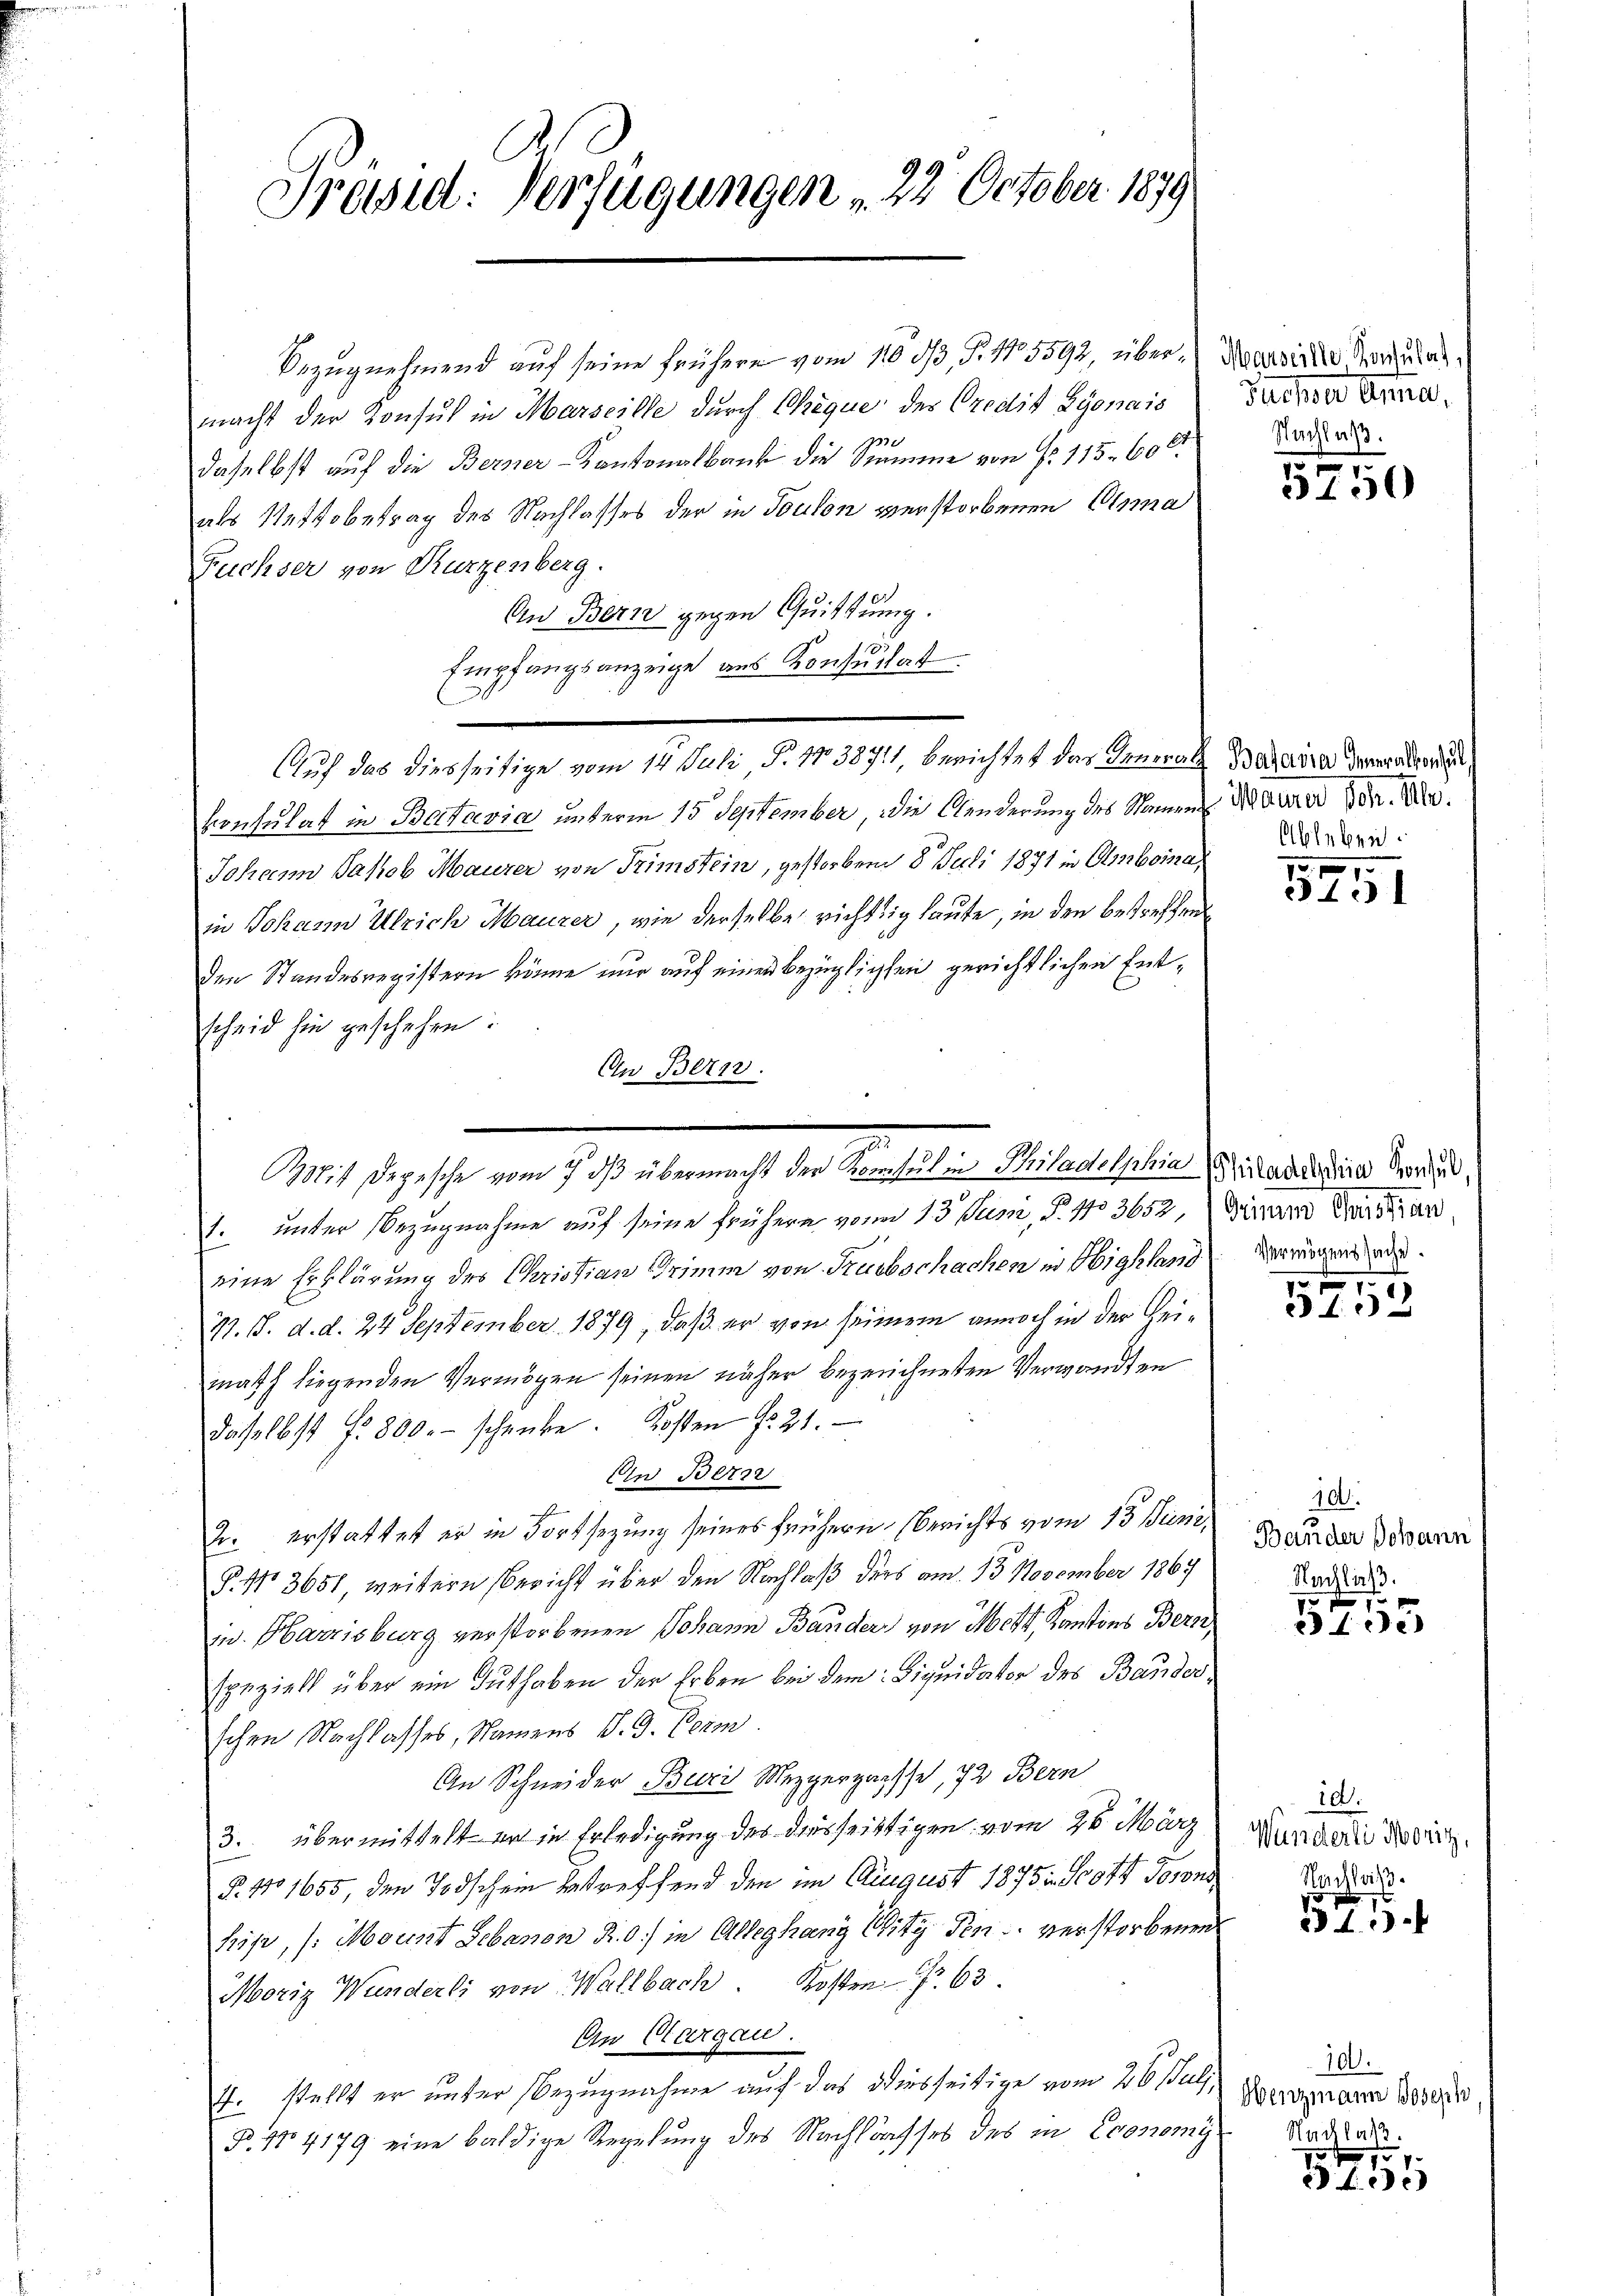
Präsid. Verfügungen , 22. October 1879.

Bezugnehmend auf seine frühere vom 110 d, S. 115592, über (Narvinde Perulat
macht der Konsul in Marseille durch Chèque des Credit Lyonais
2736
daselbst auf die Berner-Kantonalbank die Stamme von No 115. 60
als Nettobetrag des Nachlasses der in Toulon verstorbenen Orna
Fuchser von Kurzenberg.
An Bern gegen Quittung.
Empfangsanzeige aus Konsulat
konsulat in Batavia unterm 15. September, die Aenderung des Namen die dere der Ver¬
Johann Jakob Maurer von Trimstein, gestorbend 8 Juli 1871 in Amboina,
in Johann Ulrich Maurer, wie derselbe richtig laute, in den betreffen
den Standesregistern könne nur auf einen bezüglichsen gerichtlichen Entscheid hin geschehen:
1. unter Bezugnahme auf seine frühern von 13. Jum, P. 1133652, Girard die
eine Erklärung des Christian Trimm von Trubschachen in Highland vergende
77. 18. d. d. 24. September 1879, daß er von seinem annoch in der Heimath liegenden Vermögen seinen näher bezeichneten Verwandten
s
daselbst f. 300.- schenke. Kosten fr. 21.
Ein Bern
2. erstattet er in Fortsezung seines frühern (Berichts vom 13. Juni
P. No 3651, weitern Bericht über den Nachlaß ders am 15. November 1867
in Harrisburg verstorbenen Johann Bander von Mett, Kantons Bern
speziell über ein Guthaben der Erben bei dem Liquidater des Bander
schen Nachlasses, Namens v. J. Verm
An Schneider Buri Mezgergasse, 72 Bern
3. übermittelt er in Erledigung des diesseitigen vom 26. März
§. 11655, den Todschein betreffend den im August 1875 in Scott Tosons
his, (Mount Lebenen R. 0.) in Alleghang Witz den verstorbenen
Moriz Wunderli von Wallbach. Kosten Fr. 63.
An Aargau.
4. stellt er unter Bezugnahme auf das diesseitige vom 26sten Begnare Bogen.
§. 114179 eine baldige Regelung des Nachlasses des in Cronomis

An Bern.

Auf das diesseitige vom 14. Juli S. 11038711, berichtet das Inneral Barzaira demandon

z
n
Mit Depesche vom 7. dβ übermacht der Kornheit in Philadolphia Weitaudarina Morden,

Suche Anna,
Nachlaß.

5250

Ableben.

5451

.
312

100.
Bander Johann
Nachlich.

3100

id.
Wunderli, Morig,
Nachlaß

1
 13

100.
Nachlaß.

f